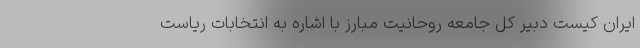
ایران کیست دبیر کل جامعه روحانیت مبارز با اشاره به انتخابات ریاست